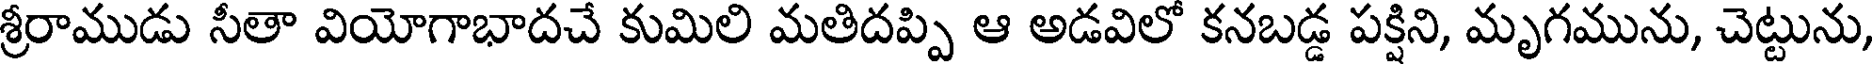
శ్రీరాముడు సీతా వియోగాభాదచే కుమిలి మతిదప్పి ఆ అడవిలో కనబడ్డ పక్షిని, మృగమును, చెట్టును,